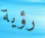
رؤية